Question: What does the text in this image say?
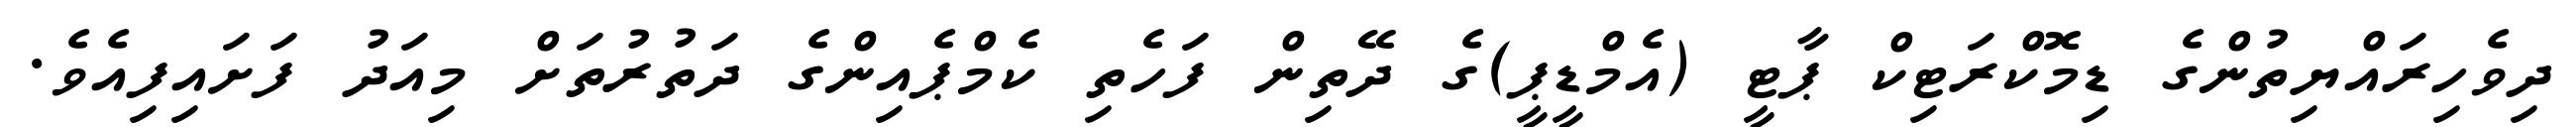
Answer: ދިވެހިރައްޔިތުންގެ ޑިމޮކްރަޓިކް ޕާޓީ (އެމްޑީޕީ)ގެ ދޭތިން ފަހެތި ކެމްޕެއިންގެ ދަތުރުތަށް މިއަދު ފަށައިފިއެވެ.